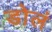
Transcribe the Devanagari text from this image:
डोलं